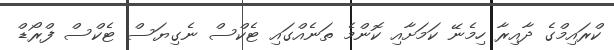
ކްރައިމްގެ ދާއިރާ ހިމެނޭ ކަމަށާއި ކޮންމެ ތަނެއްގައި ޓެކްސް ނެގިޔަސް ޓެކްސް ފްރޯޑް